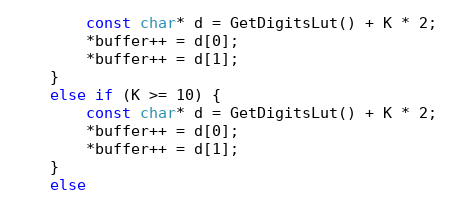
Language: C
        const char* d = GetDigitsLut() + K * 2;
        *buffer++ = d[0];
        *buffer++ = d[1];
    }
    else if (K >= 10) {
        const char* d = GetDigitsLut() + K * 2;
        *buffer++ = d[0];
        *buffer++ = d[1];
    }
    else